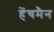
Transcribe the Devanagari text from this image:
हेंचमैन